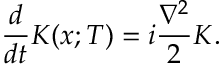
{ \frac { d } { d t } } K ( x ; T ) = i { \frac { \nabla ^ { 2 } } { 2 } } K .